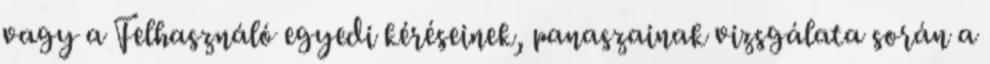
vagy a Felhasználó egyedi kéréseinek, panaszainak vizsgálata során a